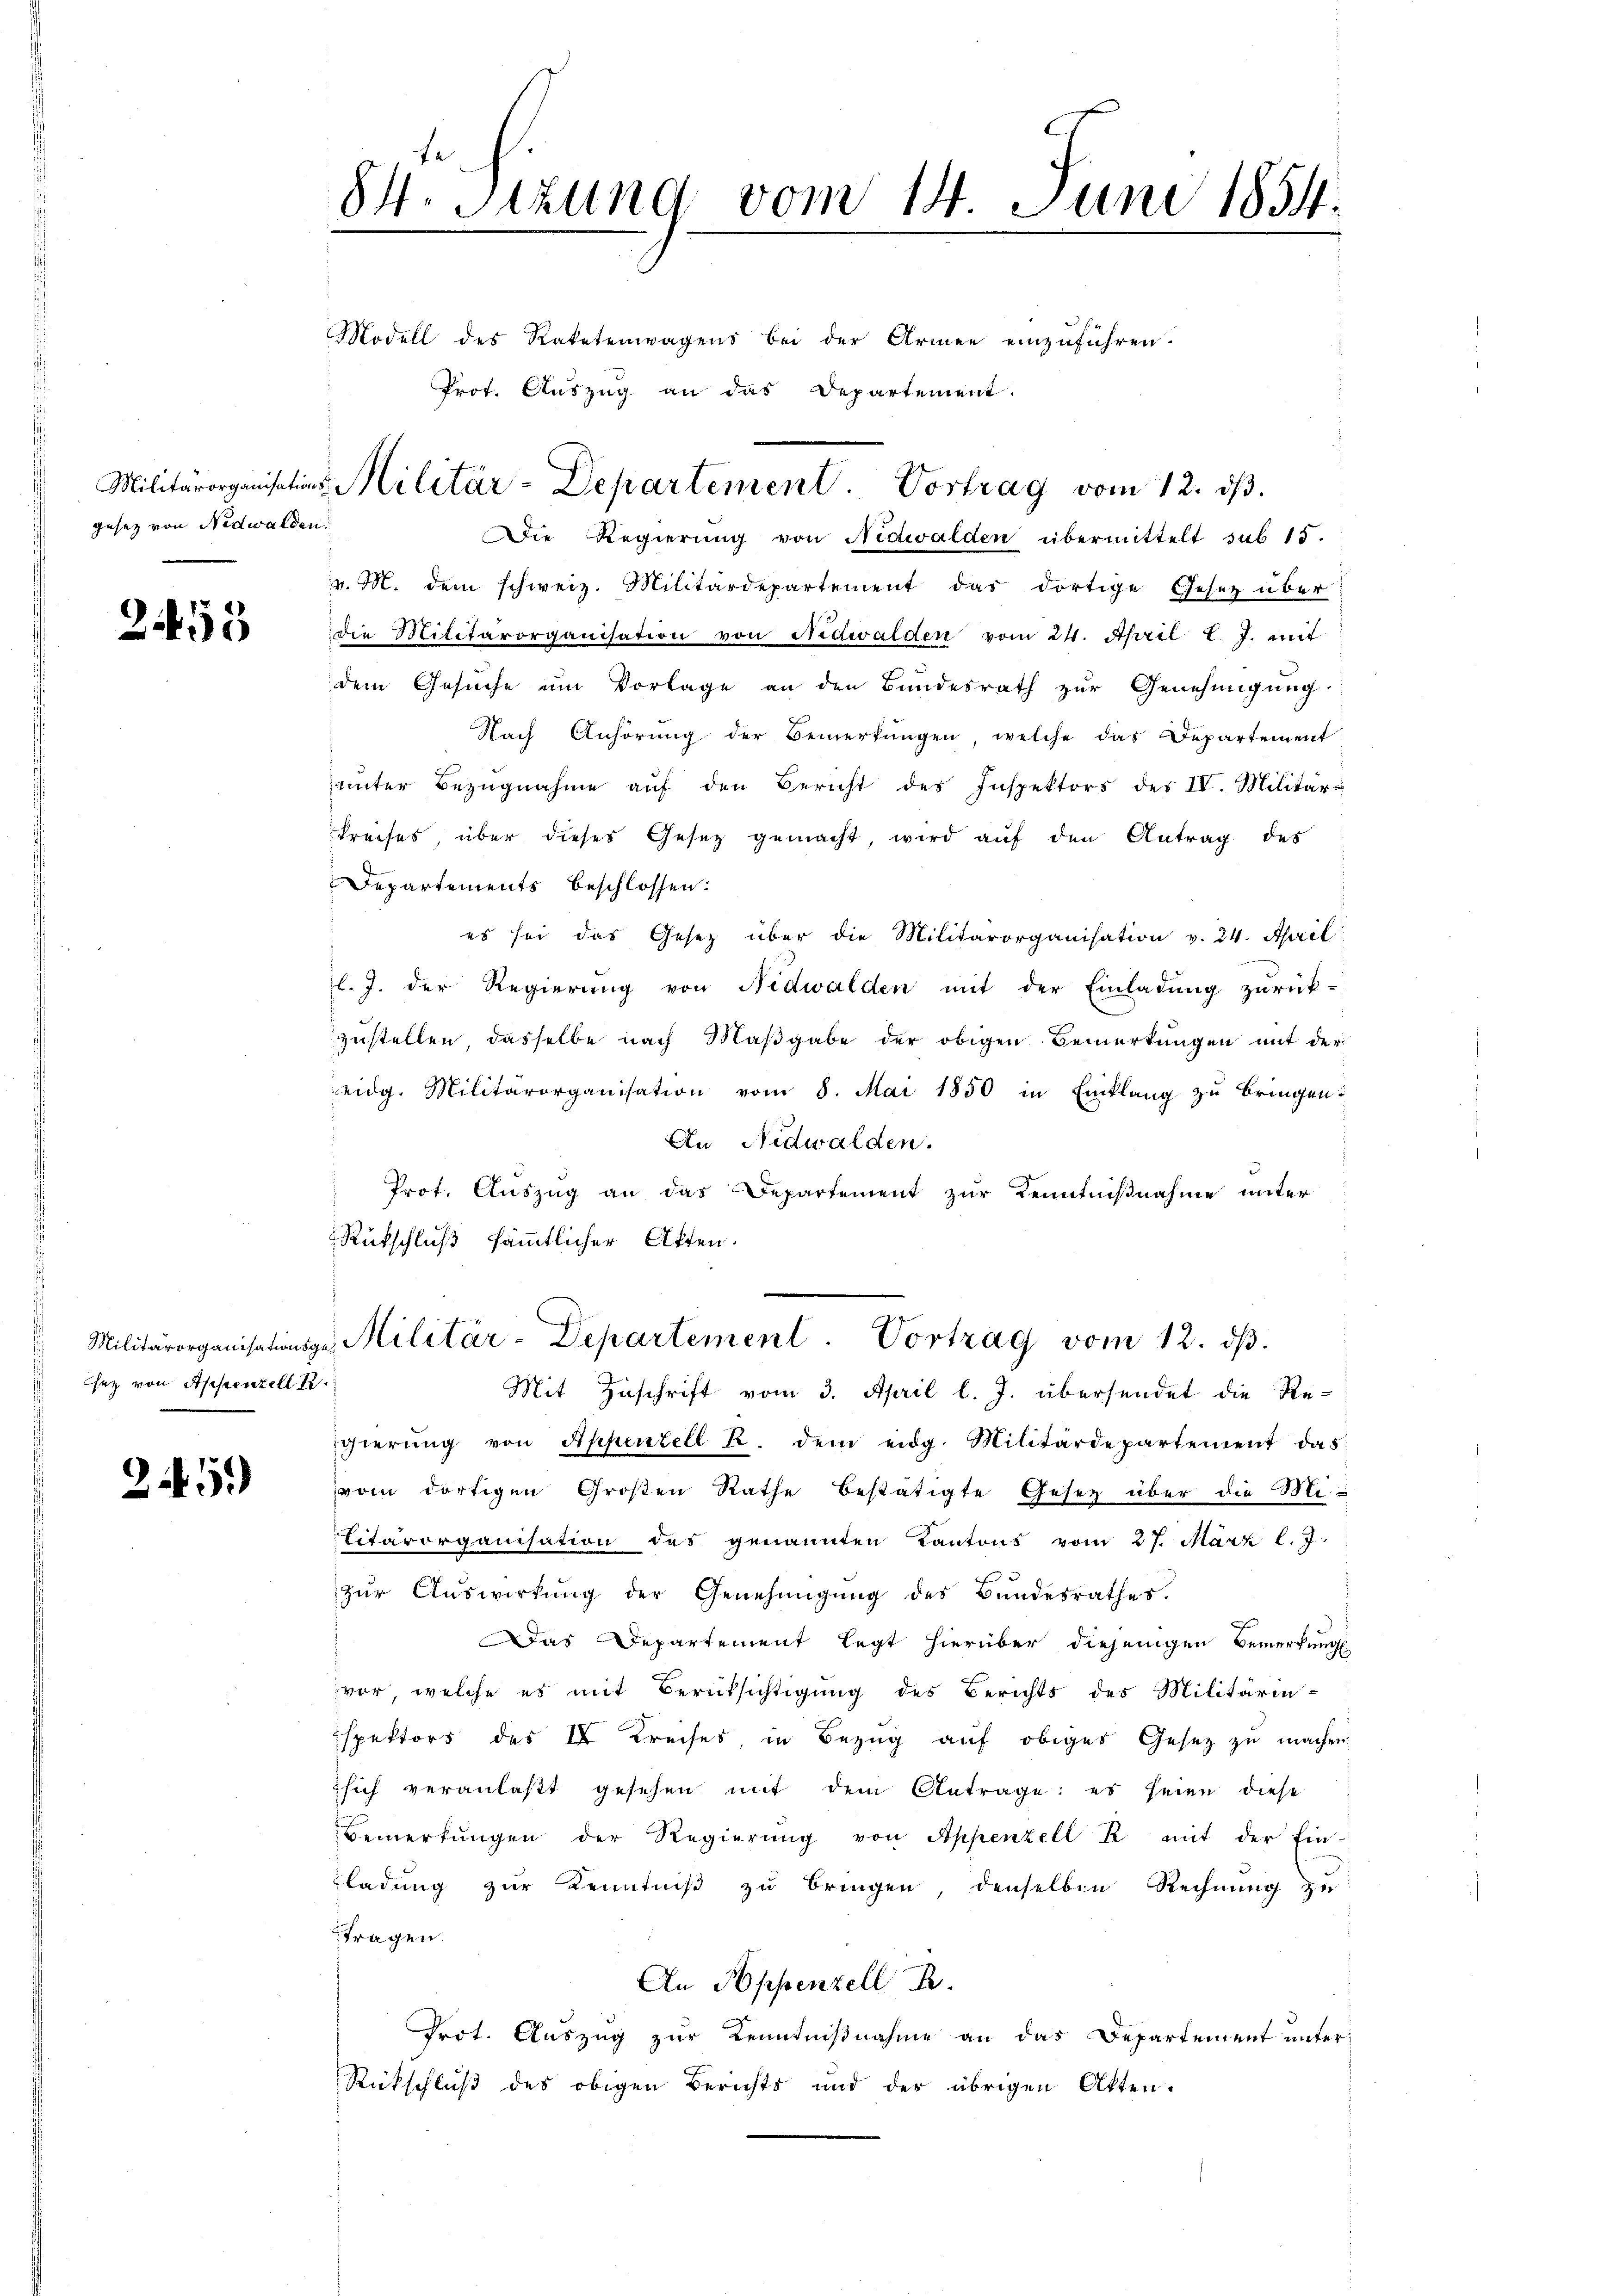
gesetz von Nidwalden.

2453

sez von Appenzell u.

2.)

84. Sitzung vom 14. Juni 1854.
Modell des Ratetenwagens bei der Armen einzuführen.

Die Regierung von Nidwalden übermittelt sub 15.
v. M. dem schweiz. Militärdepartement das dortige Gesetz über
die Militärorganisation von Nidwalden vom 24. April l. J. mit
dem Gesuche um Vorlage an den Bundesrath zur Genehmigung
Nach Anhörŭng der Bemerkŭngen, welche das Departement
ŭnter Bezŭgnahme aŭf den Bericht des Inspektors des IV. Militäri
kreises über dieses Gesetz gemacht, wird aŭf den Antrag des
Departements beschlossen:
es sei das Gesetz über die Militärorganisation v. 24. April
l. J. der Regierung von Nidwalden mit der Einladung zurück-
zustellen, dasselbe nach Maßgabe der obigen Bemerkungen mit der
eidg. Militärorganisation vom 8. Mai 1850 in Einklang zu bringen.
An Nidwalden.
Prof. Auszug an das Departement zur Kenntnißnahme unter
Rückschluß sämmtlicher Akten.

Militärorganisations-Militär-Departement. Vortrag vom 12. ds.

Prot. Auszug an das Departement.

Mit Zuschrift vom 3. April l. J. übersendet die Re-
gierŭng von Appenzell R. dem eidg. Militärdepartement das
vom dortigen Großen Rathe bestätigte Gesetz über die Bli
Eitärorganisation des genannten Kantons vom 27. März l. J.
zŭr Aŭswirkŭng der Genehmigŭng des Bŭndesrathes.
af
Das Departement legt hierüber diejenigen Bemerkung
vor, welche es mit Berüksichtigung des Berichts des Militärinspektors des IV Kreises in Bezug auf obiges Gesetz zu machen,
sich veranlaβt gesehen mit dem Antrage: es seien diese
Bemerkungen der Regierŭng von Appenzell R mit der Ein-
ladung zur Kenntniß zu bringen, denselben Rechnung zu
tragen.
An Appenzell B.
Prot. Auszug zur Kenntnißnahme an das Departement unter¬
Rückschluß des obigen Berichts und der übrigen Akten.

Militärorganisationsgr. Militär-Departement. Vortrag vom 12. dβ.